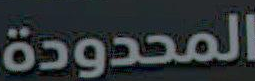
المحدودة